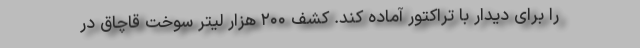
را برای دیدار با تراکتور آماده کند. کشف ۲۰۰ هزار لیتر سوخت قاچاق در